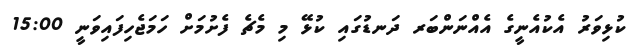
ކުޅިވަރު އެކުއެނީގެ އެއްނަންބަރ ދަނޑުގައި ކުޅޭ މި މެޗެ ފެށުމަށް ހަމަޖެހިފައިވަނީ 15:00